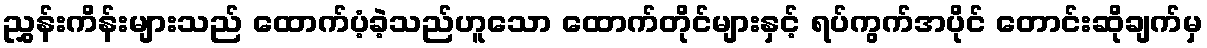
ညွှန်းကိန်းများသည် ထောက်ပံ့ခဲ့သည်ဟူသော ထောက်တိုင်များနှင့် ရပ်ကွက်အပိုင် တောင်းဆိုချက်မှ